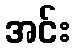
အင်း